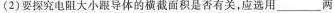
(2)要探究电阻大小跟导体的横截面积是否有关，应选用___两